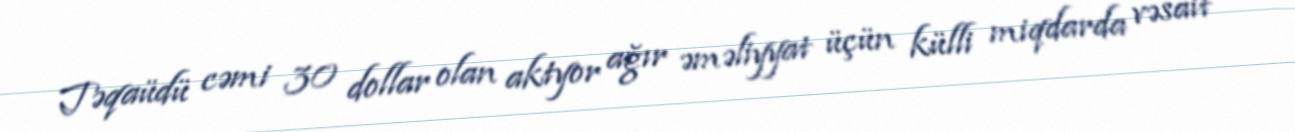
Təqaüdü cəmi 30 dollar olan aktyor ağır əməliyyat üçün külli miqdarda vəsait